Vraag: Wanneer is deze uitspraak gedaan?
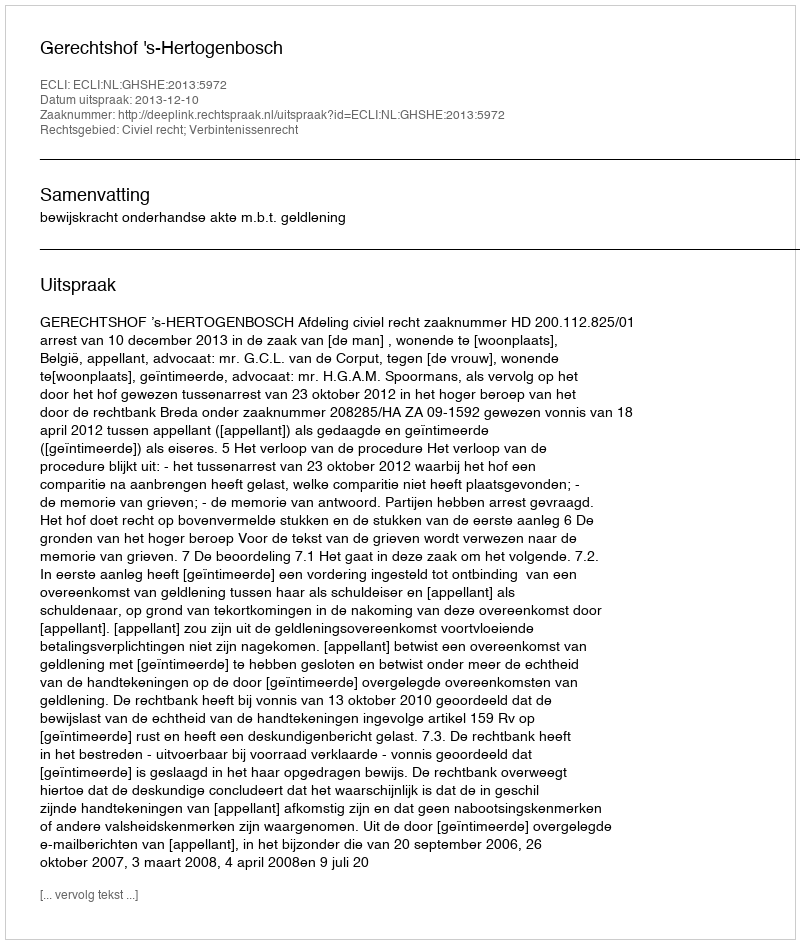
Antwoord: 2013-12-10